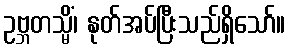
ဥဗ္ဘတသ္မိံ၊ နုတ်အပ်ပြီးသည်ရှိသော်။